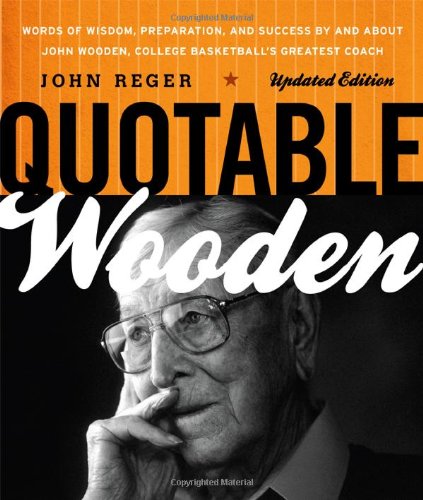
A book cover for Quotable Wooden: Words of Wisdom, Preparation, and Success By and About John Wooden, College Basketball's Greatest Coach; John Reger; Sports & Outdoors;